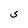
Character: S